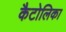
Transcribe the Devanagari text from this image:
कैटोलिका